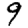
Digit: 9